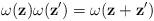
LaTeX: \begin{align*}\omega (\mathbf{z})\omega (\mathbf{z}^{\prime })=\omega (\mathbf{z}+\mathbf{z}^{\prime }) \end{align*}